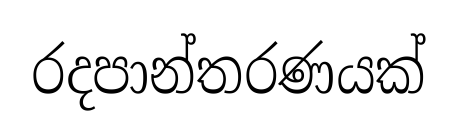
රදපාන්තරණයක්